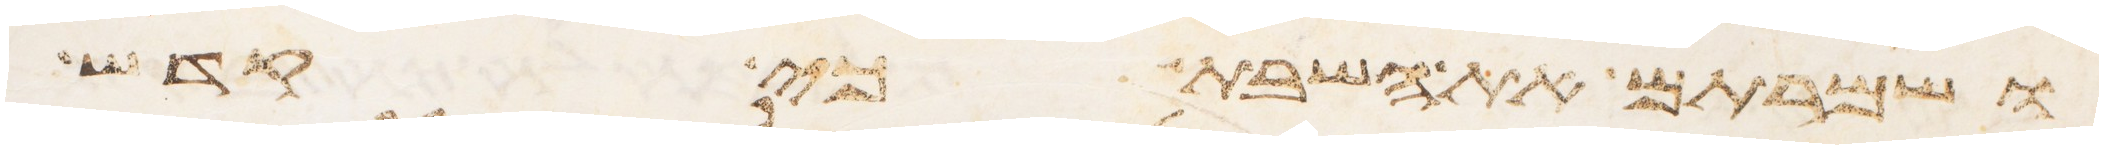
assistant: ושמרתם את השבת כי קדש